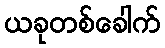
ယခုတစ်ခေါက်